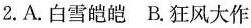
2.A.白雪皑皑 B.狂风大作